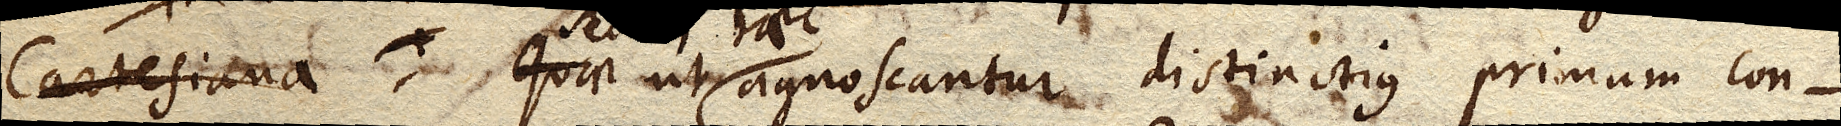
Cartesiana, quae ut agnoscantur distinctius primum con–